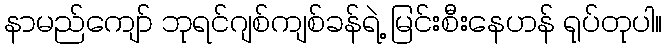
နာမည်ကျော် ဘုရင်ဂျစ်ကျစ်ခန်ရဲ့ မြင်းစီးနေဟန် ရုပ်တုပါ။